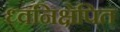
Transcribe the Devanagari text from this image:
ध्वनिक्षेपित